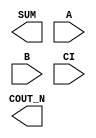
module sky130_fd_sc_hd__fahcon (
    COUT_N,
    SUM   ,
    A     ,
    B     ,
    CI
);

    output COUT_N;
    output SUM   ;
    input  A     ;
    input  B     ;
    input  CI    ;

    // Voltage supply signals
    supply1 VPWR;
    supply0 VGND;
    supply1 VPB ;
    supply0 VNB ;

endmodule